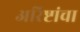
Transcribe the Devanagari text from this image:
अरिष्टांचा